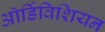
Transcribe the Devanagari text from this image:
ऑर्डिविशियन